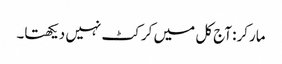
مارکر: آج کل میں کرکٹ نہیں دیکھتا۔